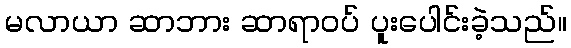
မလာယာ ဆာဘား ဆာရာဝပ် ပူးပေါင်းခဲ့သည်။